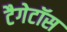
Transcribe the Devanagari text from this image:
टैगेटॉस